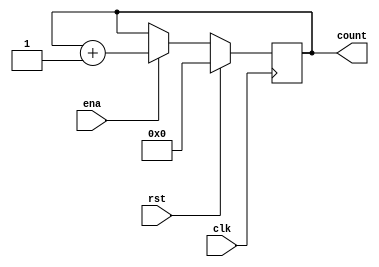
`timescale 1ns / 1ps
`default_nettype none //helps catch typo-related bugs
//////////////////////////////////////////////////////////////////////////////////
// 
// CS 141 - Fall 2015
// Module Name:    counter 
// Author(s): 
// Description: 
//
//
//////////////////////////////////////////////////////////////////////////////////
module counter(clk,rst,ena,count);

	//parameter definitions

	//port definitions - customize for different bit widths
	input  wire clk, rst, ena;
	output reg [7:0] count;
	
	always @(posedge clk) begin
		if(rst) begin
			count <= 0;
		end
		else begin
			if(ena) begin
				count <= count + 8'd1;
			end
		end
	end


endmodule
`default_nettype wire //some Xilinx IP requires that the default_nettype be set to wire